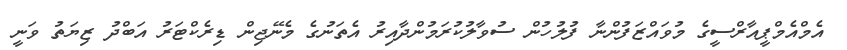
އެމްއެމްޕީއާރްސީގެ މުވައްޒަފުންނާ ފުލުހުން ސުވާލުކުރަމުންދާއިރު އެތަނުގެ މެނޭޖިން ޑިރެކްޓަރު އަބްދު ޒިޔަތު ވަނީ